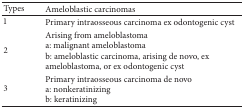
<table><thead><tr><td><b>Types</b></td><td><b>Ameloblastic carcinomas</b></td></tr></thead><tbody><tr><td>1</td><td>Primary intraosseous carcinoma ex odontogenic cyst</td></tr><tr><td>2</td><td>Arising from ameloblastomaa: malignant ameloblastomab: ameloblastic carcinoma, arising de novo, ex ameloblastoma, or ex odontogenic cyst</td></tr><tr><td>3</td><td>Primary intraosseous carcinoma de novoa: nonkeratinizingb: keratinizing</td></tr></tbody></table>